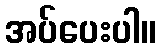
အပ်ပေးပါ။